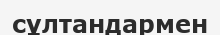
сұлтандармен